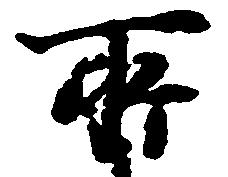
所